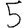
Digit: 5